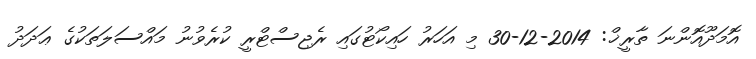
އޮމަދޫއޮންނަ ތާރީޚް: 2014-12-30 މި އަހަރު ހައިކޯޓުގައި ރެޖިސްޓްރީ ކުރެވުނު މައްސަލަތަކުގެ ޢަދަދު